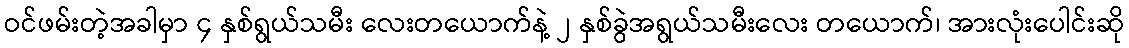
ဝင်ဖမ်းတဲ့အခါမှာ ၄ နှစ်ရွယ်သမီး လေးတယောက်နဲ့ ၂ နှစ်ခွဲအရွယ်သမီးလေး တယောက်၊ အားလုံးပေါင်းဆို